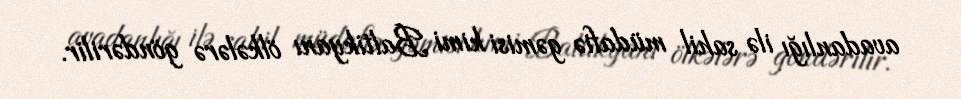
avadanlığı ilə sahil müdafiə gəmisi kimi Baltikyanı ölkələrə göndərilir.